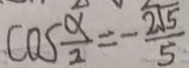
\cos \frac { \alpha } { 2 } = - \frac { 2 \sqrt { 5 } } { 5 }